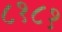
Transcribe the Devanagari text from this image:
८१८१